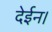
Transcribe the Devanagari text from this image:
देईन।